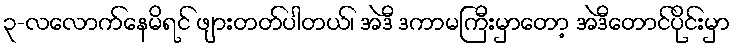
၃-လလောက်နေမိရင် ဖျားတတ်ပါတယ်၊ အဲဒီ ဒကာမကြီးမှာတော့ အဲဒီတောင်ပိုင်းမှာ